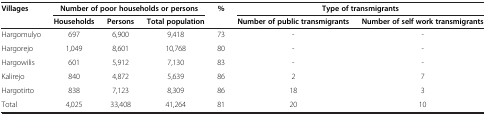
| <ROWSPAN=2> Villages | <COLSPAN=3> Number of poor households or persons | <ROWSPAN=2> % | <COLSPAN=2> Type of transmigrants |
 | Households | Persons | Total population | Number of public transmigrants | Number of self work transmigrants |
 | --- | --- | --- | --- | --- | --- | --- |
 | Hargomulyo | 697 | 6,900 | 9,418 | 73 | - | - |
 | Hargorejo | 1,049 | 8,601 | 10,768 | 80 | - | - |
 | Hargowilis | 601 | 5,912 | 7,130 | 83 | - | - |
 | Kalirejo | 840 | 4,872 | 5,639 | 86 | 2 | 7 |
 | Hargotirto | 838 | 7,123 | 8,309 | 86 | 18 | 3 |
 | Total | 4,025 | 33,408 | 41,264 | 81 | 20 | 10 |